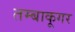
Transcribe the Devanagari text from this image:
तम्बाकूगर